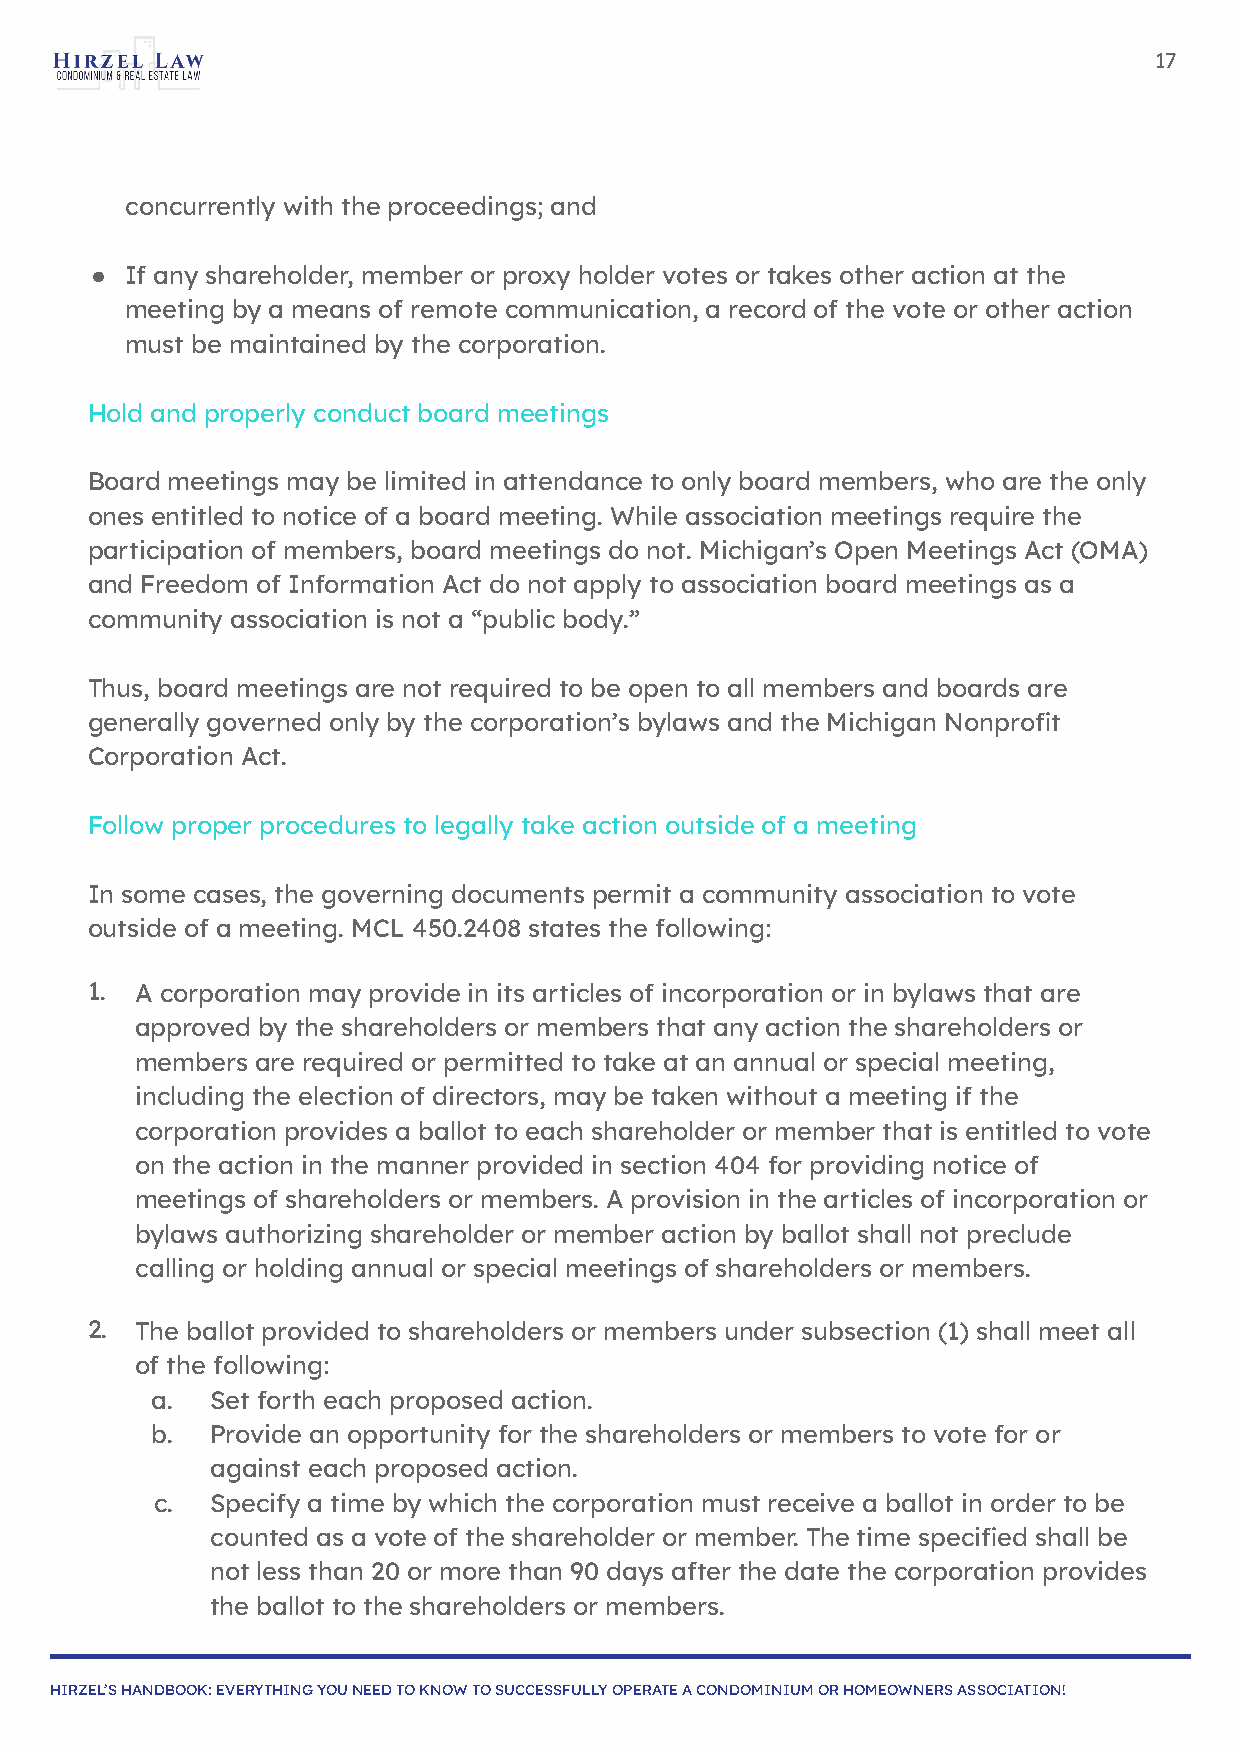
17
 concurrently with the proceedings; and
 ● If any shareholder, member or proxy holder votes or takes other action at the
 meeting by a means of remote communication, a record of the vote or other action
 must be maintained by the corporation.
 Hold and properly conduct board meetings
 Board meetings may be limited in attendance to only board members, who are the only
 ones entitled to notice of a board meeting. While association meetings require the
 participation of members, board meetings do not. Michigan’s Open Meetings Act (OMA)
 and Freedom of Information Act do not apply to association board meetings as a
 community association is not a “public body.”
 Thus, board meetings are not required to be open to all members and boards are
 generally governed only by the corporation’s bylaws and the Michigan Nonprofit
 Corporation Act.
 Follow proper procedures to legally take action outside of a meeting
 In some cases, the governing documents permit a community association to vote
 outside of a meeting. MCL 450.2408 states the following:
 1. A corporation may provide in its articles of incorporation or in bylaws that are
 approved by the shareholders or members that any action the shareholders or
 members are required or permitted to take at an annual or special meeting,
 including the election of directors, may be taken without a meeting if the
 corporation provides a ballot to each shareholder or member that is entitled to vote
 on the action in the manner provided in section 404 for providing notice of
 meetings of shareholders or members. A provision in the articles of incorporation or
 bylaws authorizing shareholder or member action by ballot shall not preclude
 calling or holding annual or special meetings of shareholders or members.
 2. The ballot provided to shareholders or members under subsection (1) shall meet all
 of the following:
 a.  Set forth each proposed action.
 b.  Provide an opportunity for the shareholders or members to vote for or
 against each proposed action.
 c.  Specify a time by which the corporation must receive a ballot in order to be
 counted as a vote of the shareholder or member. The time specified shall be
 not less than 20 or more than 90 days after the date the corporation provides
 the ballot to the shareholders or members.
 HIRZEL’S HANDBOOK: EVERYTHING YOU NEED TO KNOW TO SUCCESSFULLY OPERATE A CONDOMINIUM OR HOMEOWNERS ASSOCIATION!